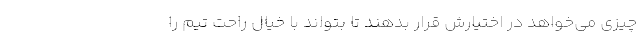
چیزی می‌خواهد در اختیارش قرار بدهند تا بتواند با خیال راحت تیم را